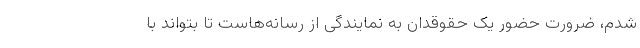
شدم، ضرورت حضور یک حقوقدان به نمایندگی از رسانه‌هاست تا بتواند با